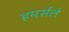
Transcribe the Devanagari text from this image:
हमर्सले